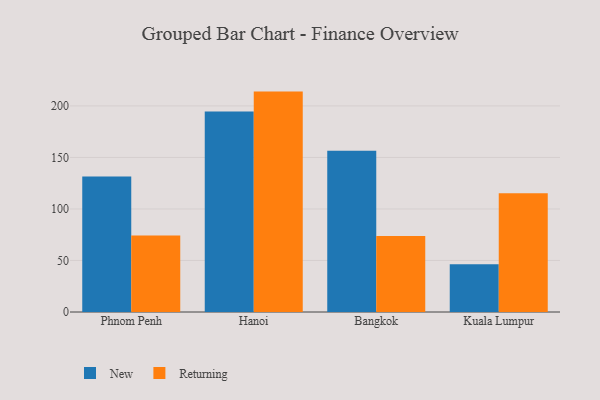
{"axis": {"x": "City", "y": "Population (Million)"}, "legend": ["New", "Returning"], "data": [{"x": "Phnom Penh", "y": 131.4, "type": "New"}, {"x": "Phnom Penh", "y": 74.2, "type": "Returning"}, {"x": "Hanoi", "y": 194.7, "type": "New"}, {"x": "Hanoi", "y": 213.9, "type": "Returning"}, {"x": "Bangkok", "y": 156.5, "type": "New"}, {"x": "Bangkok", "y": 73.8, "type": "Returning"}, {"x": "Kuala Lumpur", "y": 46.4, "type": "New"}, {"x": "Kuala Lumpur", "y": 115.2, "type": "Returning"}]}